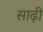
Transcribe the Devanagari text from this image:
साढ़ी